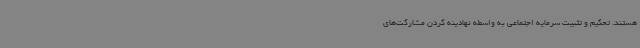
هستند. تحکیم و تثبیت سرمایه اجتماعی به واسطه نهادینه کردن مشارکت‌های